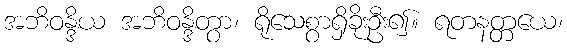
အဘိဝန္ဒိယ အဘိဝန္ဒိတွာ၊ ရိုသေစွာရှိခိုးဦး၍။ ရတနတ္တယေ၊